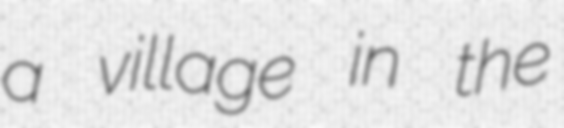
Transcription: a village in the